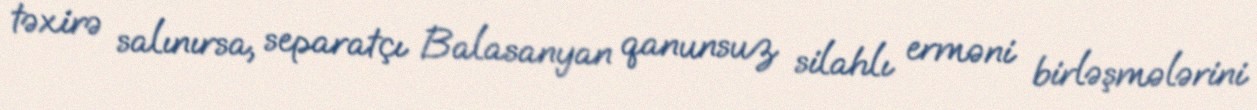
təxirə salınırsa, separatçı Balasanyan qanunsuz silahlı erməni birləşmələrini